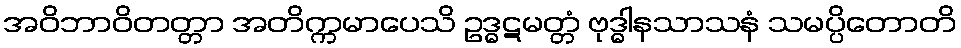
အဝိဘာဝိတတ္တာ အတိက္ကမာပေသိ ဥဒ္ဓဋမတ္တံ ဗုဒ္ဓါနသာသနံ သမပ္ပိတောတိ